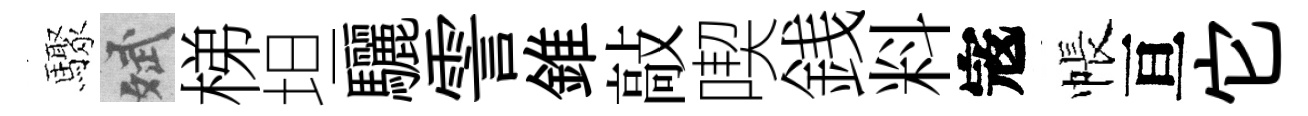
驟斌梯坦驪霅錐敲喫銭料𡨥帳亘它